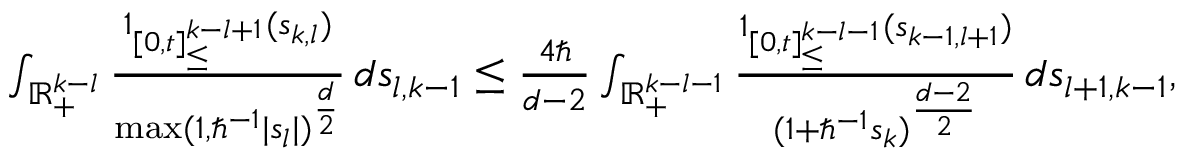
\begin{array} { r } { \int _ { \mathbb { R } _ { + } ^ { k - l } } \frac { \boldsymbol { 1 } _ { [ 0 , t ] _ { \leq } ^ { k - l + 1 } } ( \boldsymbol { s } _ { k , l } ) } { \operatorname* { m a x } ( 1 , \hbar ^ { - 1 } | s _ { l } | ) ^ { \frac { d } { 2 } } } \, d \boldsymbol { s } _ { l , k - 1 } \leq \frac { 4 \hbar } { d - 2 } \int _ { \mathbb { R } _ { + } ^ { k - l - 1 } } \frac { \boldsymbol { 1 } _ { [ 0 , t ] _ { \leq } ^ { k - l - 1 } } ( \boldsymbol { s } _ { k - 1 , l + 1 } ) } { ( 1 + \hbar ^ { - 1 } s _ { k } ) ^ { \frac { d - 2 } { 2 } } } \, d \boldsymbol { s } _ { l + 1 , k - 1 } , } \end{array}